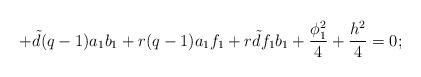
LaTeX: \begin{align*}+{\tilde d}(q-1)a_{1}b_{1}+r(q-1)a_{1}f_{1}+r{\tilde d}f_{1}b_{1}+ \frac{\phi_{1}^{2}}{4}+ \frac{h^{2}}{4}=0; \end{align*}